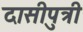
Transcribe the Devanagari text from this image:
दासीपुत्री